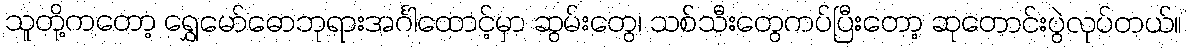
သူတို့ကတော့ ရွှေမော်ဓောဘုရားအင်္ဂါထောင့်မှာ ဆွမ်းတွေ၊ သစ်သီးတွေကပ်ပြီးတော့ ဆုတောင်းပွဲလုပ်တယ်။